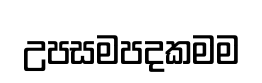
උපසමපදකමම